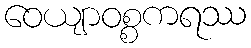
ဝေယျာဝစ္စကရဿ